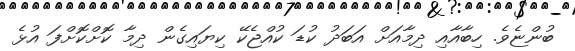
ބުންޏެވެ. ހިބާއާއި ދިމާއަށް އަބަދު ކުޑަ ކުއްޖެކޭ ކިޔައިގެން ދިމާ ކޮށްކޮށްފަ އުޅެ